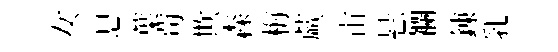
女息葉茍欺森梅蕨宙悬襴錬乳